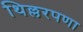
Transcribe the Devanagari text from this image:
थिल्लरपणा